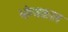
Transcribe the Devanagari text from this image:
भोग्यकाल